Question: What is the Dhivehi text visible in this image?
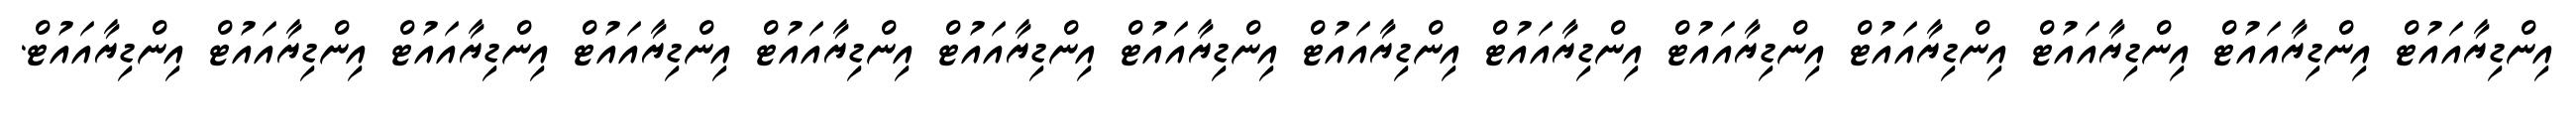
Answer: އިންޑިޔާއައުޓް އިންޑިޔާއައުޓް އިންޑިޔާއައުޓް އިންޑިޔާއައުޓް އިންޑިޔާއައުޓް އިންޑިޔާއައުޓް އިންޑިޔާއައުޓް އިންޑިޔާއައުޓް އިންޑިޔާއައުޓް އިންޑިޔާއައުޓް އިންޑިޔާއައުޓް އިންޑިޔާއައުޓް އިންޑިޔާއައުޓް އިންޑިޔާއައުޓް.